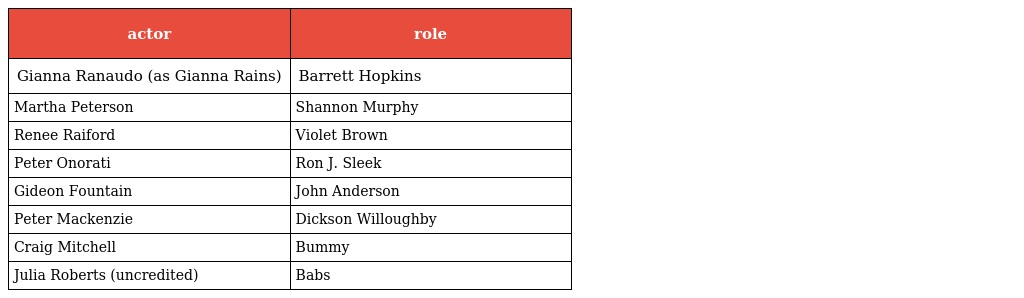
| actor | role |
 | --- | --- |
 | Gianna Ranaudo (as Gianna Rains) | Barrett Hopkins |
 | Martha Peterson | Shannon Murphy |
 | Renee Raiford | Violet Brown |
 | Peter Onorati | Ron J. Sleek |
 | Gideon Fountain | John Anderson |
 | Peter Mackenzie | Dickson Willoughby |
 | Craig Mitchell | Bummy |
 | Julia Roberts (uncredited) | Babs |